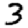
Digit: 3